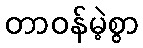
တာဝန်မဲ့စွာ